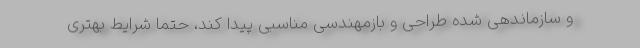
و سازماندهی شده طراحی و بازمهندسی مناسبی پیدا کند، حتما شرایط بهتری